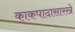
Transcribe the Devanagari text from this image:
काकपादासारखे